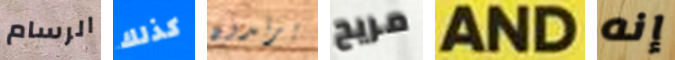
الرسام كذلك يرتدون مريح AND إنه